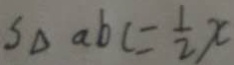
S _ { \Delta } a b c = \frac { 1 } { 2 } x